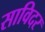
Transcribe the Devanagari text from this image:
साविदर